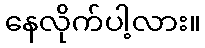
နေလိုက်ပါ့လား။